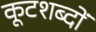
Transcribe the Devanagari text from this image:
कूटशब्दों